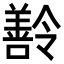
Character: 𬙽